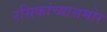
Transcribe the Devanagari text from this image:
रसिकांच्यासमोर